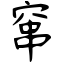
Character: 窜